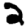
Digit: 2